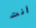
أنت